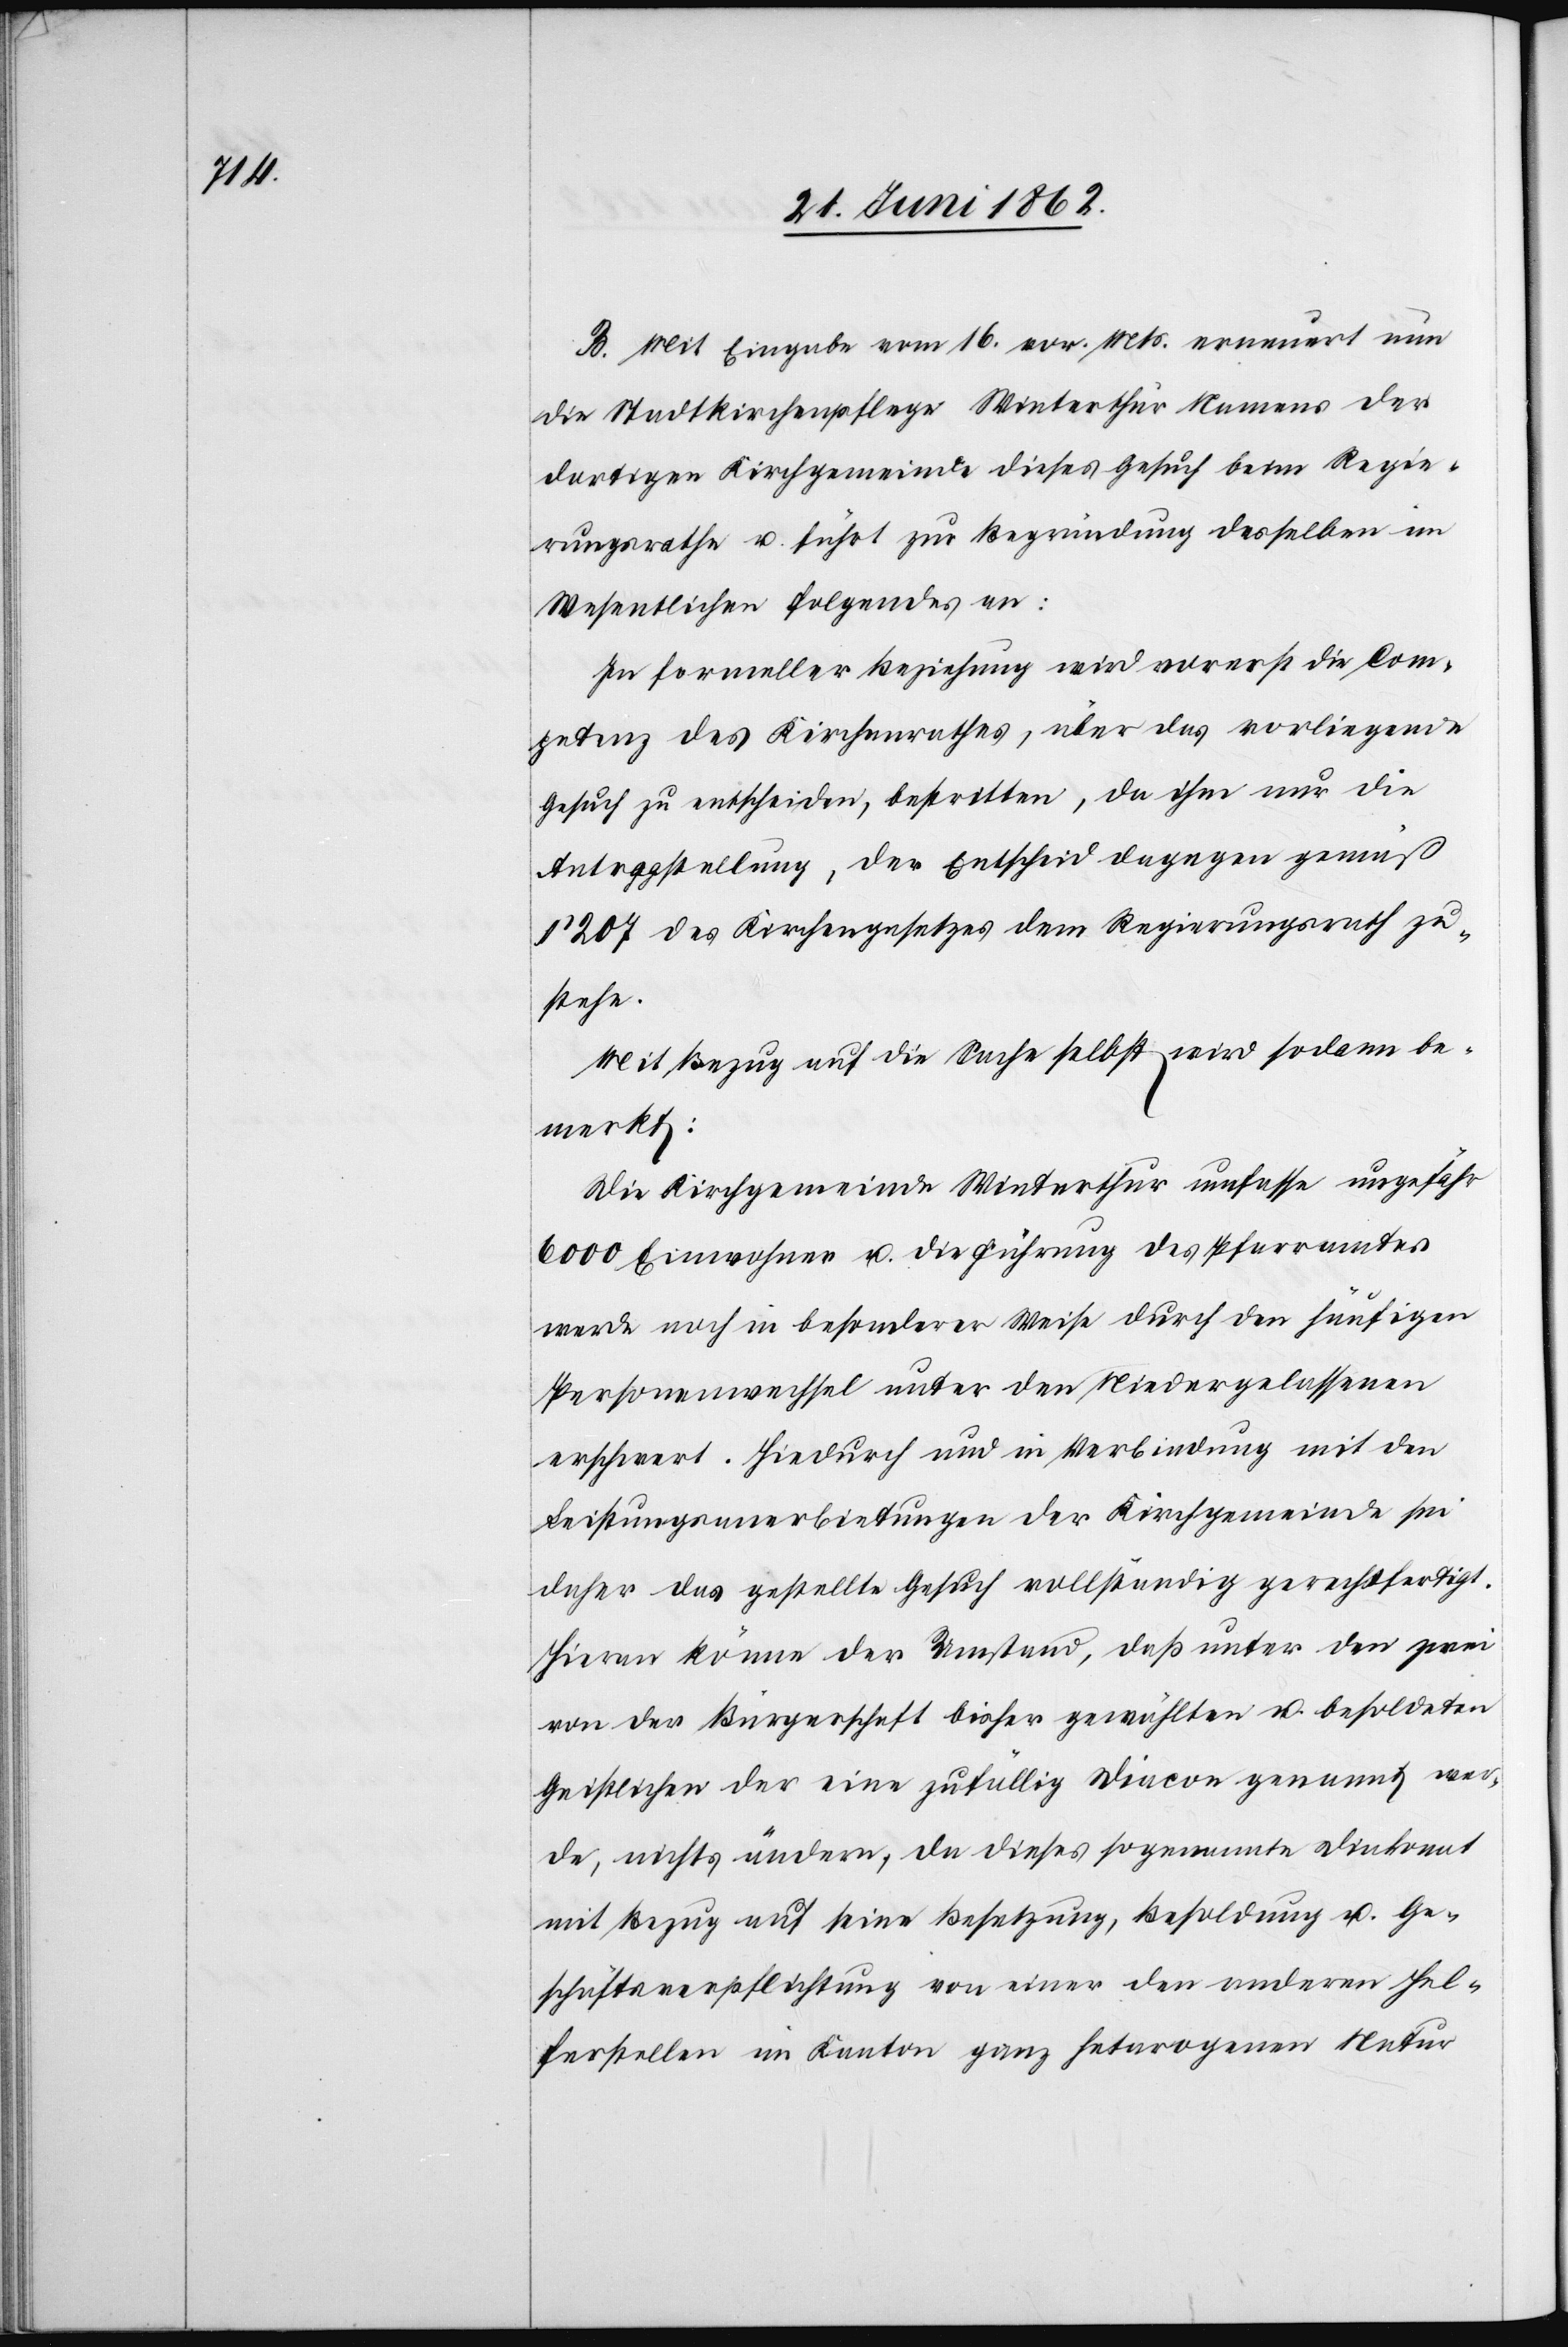
B. Mit Eingabe vom 16. vor. Mts. erneuert nun
die Stadtkirchenpflege Winterthur Namens der
dortigen Kirchgemeinde dieses Gesuch beim Regie¬
rungsrathe u. führt zur Begründung desselben im
Wesentlichen folgendes an:
In Formeller Beziehung wird vorerst die Com¬
petenz des Kirchenrathes, über das vorliegende
Gesuch zu entscheiden, bestritten, da ihm nur die
Antragstellung, der Entscheid dagegen gemäß
§ 207 des Kirchengesetzes dem Regierungsrathe zu¬
stehe.
Mit Bezug auf die Sache selbst wird sodann be¬
merkt:
Die Kirchgemeinde Winterthur umfasse ungefähr
6000 Einwohner u. die Führung des Pfarramtes
werde noch in besonderer Weise durch den häufigen
Personenwechsel unter den Niedergelassenen
erschwert. Hiedurch und in Verbindung mit den
Leistungsverbietungen der Kirchgemeinde sei
daher das gestellte Gesuch vollständig gerechtfertigt.
Hieran könne der Umstand, daß unter den zwei
von der Bürgerschaft bisher gewählten u. besoldeten
Geistlichen der eine zufällig Diacon genannt wer¬
de, nichts ändern, da dieses sogenannte Diakonat
mit Bezug auf seine Besetzung, Besoldung u. Ge¬
schäftsverpflichtung von einer den anderen Hel¬
ferstellen im Kanton ganz heterogenen Natur